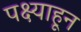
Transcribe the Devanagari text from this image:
पक्ष्याहून